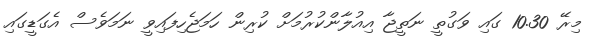
މިރޭ 10.30 ގައި ވަގުތީ ނަތީޖާ އިއުލާންކުރުމަށް ކުރިން ހަމަޖެހިފައިވީ ނަމަވެސް އެގަޑީގައި